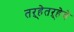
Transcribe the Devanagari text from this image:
तऱ्हेतऱ्हेचे